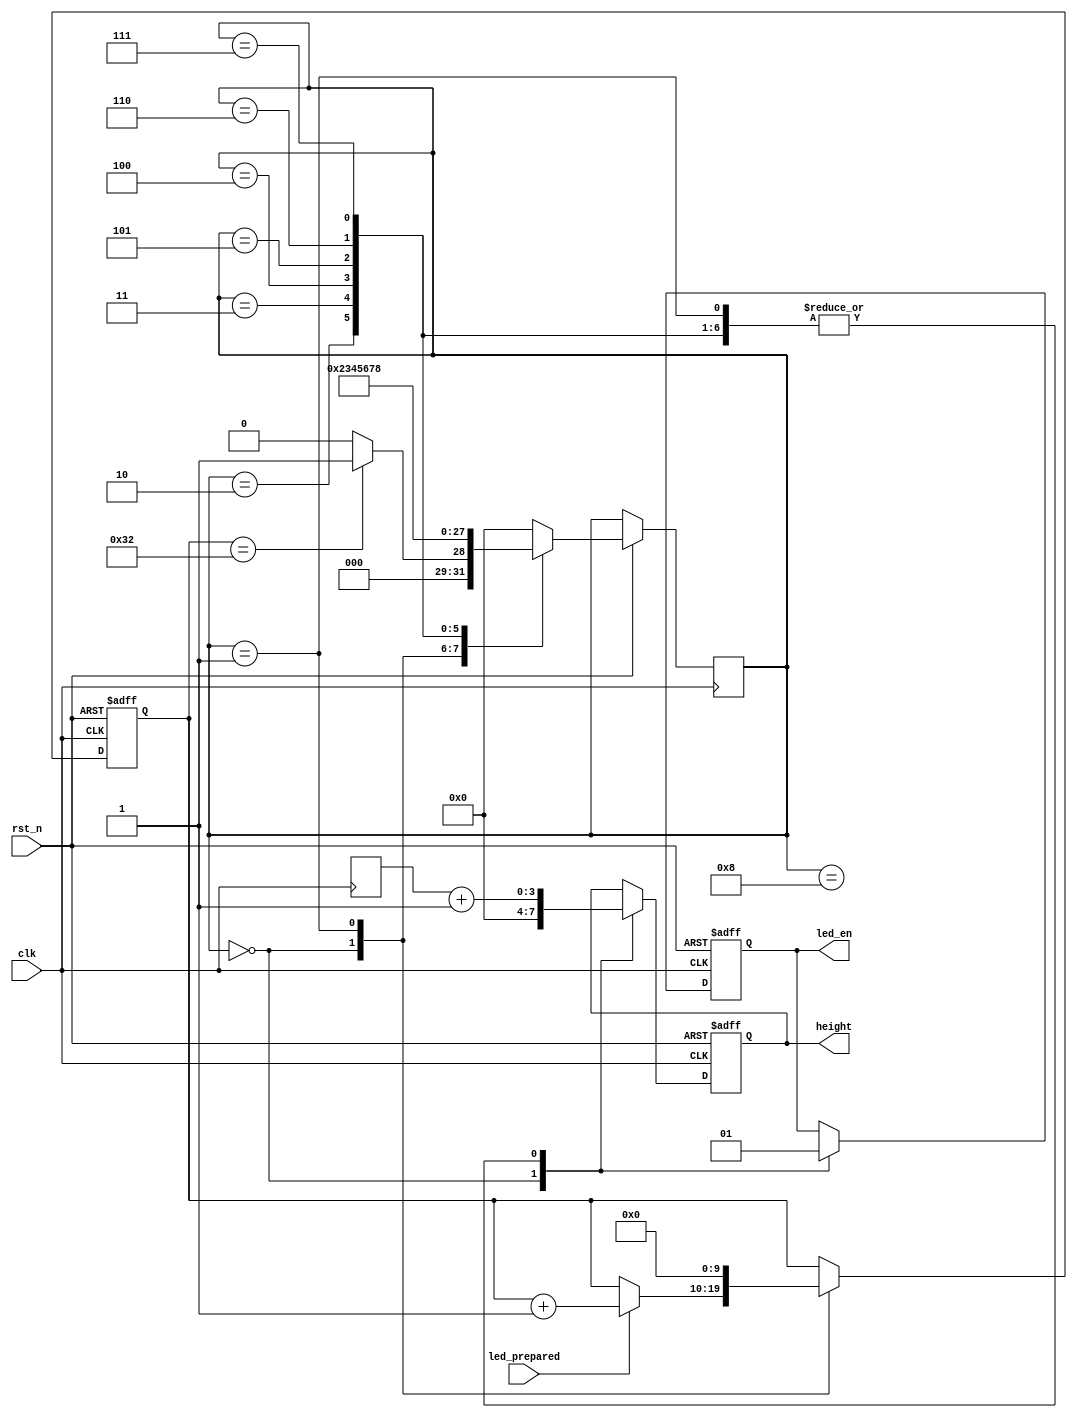
module light_data(
	input clk,//20M
	input rst_n,
	
	input led_prepared,
	output reg led_en,
	output reg [3:0] height
				);
	
	reg [3:0] data_SM/*,sm_cnt*/;
	//reg	[3:0] height1,height2,height3,height4,height5,height6,height7,height8;
	reg [3:0] cnt;
	
	reg	[9:0] wait_cnt;
	
	wire [3:0] rn/*synthesis keep*/;
	assign rn[0] = ~(~(~rn[0]));
	assign rn[1] = ~(~(~(~(~rn[1]))));
	assign rn[2] = ~(~(~(~(~(~(~rn[2]))))));
	//assign rn[3] = ~(~(~(~(~(~(~(~(~rn[3]))))))));
	assign rn[3] = 1'b0;
 	reg	[3:0 ]random;
	always @(posedge clk)
	begin
		//random <= (rn <= 4'd8) ? rn : (rn - 4'd9);
		random <= rn;
	end
	
//	parameter _0 = 4'd0,
//			  _1 = 4'd1,
//			  _2 = 4'd2,
//			  _3 = 4'd3,
//			  _4 = 4'd4,
//			  _5 = 4'd5,
//			  _6 = 4'd6,
//			  _7 = 4'd7,
//			  _8 = 4'd8;
//			  
	always @(posedge clk or negedge rst_n)
	begin
		if(!rst_n)begin
			led_en <= 1'b0;
			height <= 4'h0;
			cnt <= 4'h4;
			wait_cnt <= 10'h0;
			//sm_cnt <= 2'b01;
		end
		else begin
			case(data_SM)
			4'h0:begin
				led_en <= 1'b0;
				height <= 4'h0;
				//data_SM <= (wait_cnt <= 10'd100) ? 4'h0 : 4'h1;
				wait_cnt <= (led_prepared) ? (wait_cnt + 1'b1) : wait_cnt;
				data_SM <= (wait_cnt == 10'd50) ? 4'h1 : 4'h0;
				//cnt <= (led_prepared && (cnt < 4'd8)) ? (cnt + 1'b1) : 4'h0;
				if(wait_cnt == 10'd50)begin
					if(cnt == 4'd4)begin
						cnt <= cnt + 4'd4;
					end
					else begin
						cnt <= 4'd4;
					end
				end
			end
			4'h1:begin
				wait_cnt <= 10'h0;
				led_en <= 1'b1;
				//height <= cnt;
				height <= random + 1'b1;
				data_SM <= 4'h2;
			end
			4'h2:begin
				led_en <= 1'b1;
				//height <= cnt;
				height <= random + 1'b1;
				data_SM <= 4'h3;
			end
			4'h3:begin
				led_en <= 1'b1;
				//height <= cnt;
				height <= random + 1'b1;
				data_SM <= 4'h4;
			end
			4'h4:begin
				led_en <= 1'b1;
				//height <= cnt;
				height <= random + 1'b1;
				data_SM <= 4'h5;
			end
			4'h5:begin
				led_en <= 1'b1;
				//height <= cnt;
				height <= random + 1'b1;
				data_SM <= 4'h6;
			end
			4'h6:begin
				led_en <= 1'b1;
				//height <= cnt;
				height <= random + 1'b1;
				data_SM <= 4'h7;
			end
			4'h7:begin
				led_en <= 1'b1;
				//height <= cnt;
				height <= random + 1'b1;
				data_SM <= 4'h8;
			end
			4'h8:begin
				led_en <= 1'b1;
				//height <= cnt;
				height <= random + 1'b1;
				data_SM <= 4'h0;
			end
//			2'b00:begin
//				led_en <= 1'b0;
//				height <= 4'h0;
//				cnt <= 4'h0;
//				//sm_cnt <= 2'b00;
//				//data_SM <= (light_prepared) ? sm_cnt : data_SM;
//				data_SM <= 2'b01;
//			end
//			2'b01:begin
//				led_en <= (cnt <= 4'd7) ? 1'b1 : 1'b0;
//				//height <= (height <= 4'd7) ? (height + 1'b1) : 4'd0;
//				//height <= 4'd4;
//				height <= random;
//				cnt <= (cnt <= 4'd7) ? (cnt + 1'b1) : 4'd0;
//				data_SM <= (cnt <= 4'd7) ? data_SM : 2'b00;
//				//sm_cnt <= (cnt <= 4'd7) ? sm_cnt : (sm_cnt + 1'b1);
//			end
//			2'b10:begin
//				led_en <= (cnt <= 4'd7) ? 1'b1 : 1'b0;
//				//height <= (height <= 4'd7) ? (height + 1'b1) : 4'd0;
//				height <= 4'd4;
//				//height <= {1'b0,rn};
//				cnt <= (cnt <= 4'd7) ? (cnt + 1'b1) : 4'd0;
//				data_SM <= (cnt <= 4'd7) ? data_SM : 2'b00;
//				sm_cnt <= (cnt <= 4'd7) ? sm_cnt : (sm_cnt + 1'b1);
//			end
//			2'b11:begin
//				led_en <= (cnt <= 4'd7) ? 1'b1 : 1'b0;
//				//height <= (height <= 4'd7) ? (height + 1'b1) : 4'd0;
//				height <= 4'd8;
//				//height <= {1'b0,rn};
//				cnt <= (cnt <= 4'd7) ? (cnt + 1'b1) : 4'd0;
//				data_SM <= (cnt <= 4'd7) ? data_SM : 2'b00;
//				sm_cnt <= (cnt <= 4'd7) ? sm_cnt : (2'b01);
//			end
			default:data_SM <= 4'h00;
			endcase
		end
	end

endmodule